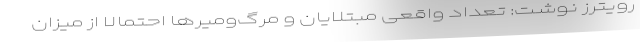
رویترز نوشت: تعداد واقعی مبتلایان و مرگ‌و‌میرها احتمالا از میزان